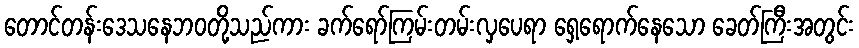
တောင်တန်းဒေသနေဘဝတို့သည်ကား ခက်ရော်ကြမ်းတမ်းလှပေရာ ရှေ့ရောက်နေသော ခေတ်ကြီးအတွင်း